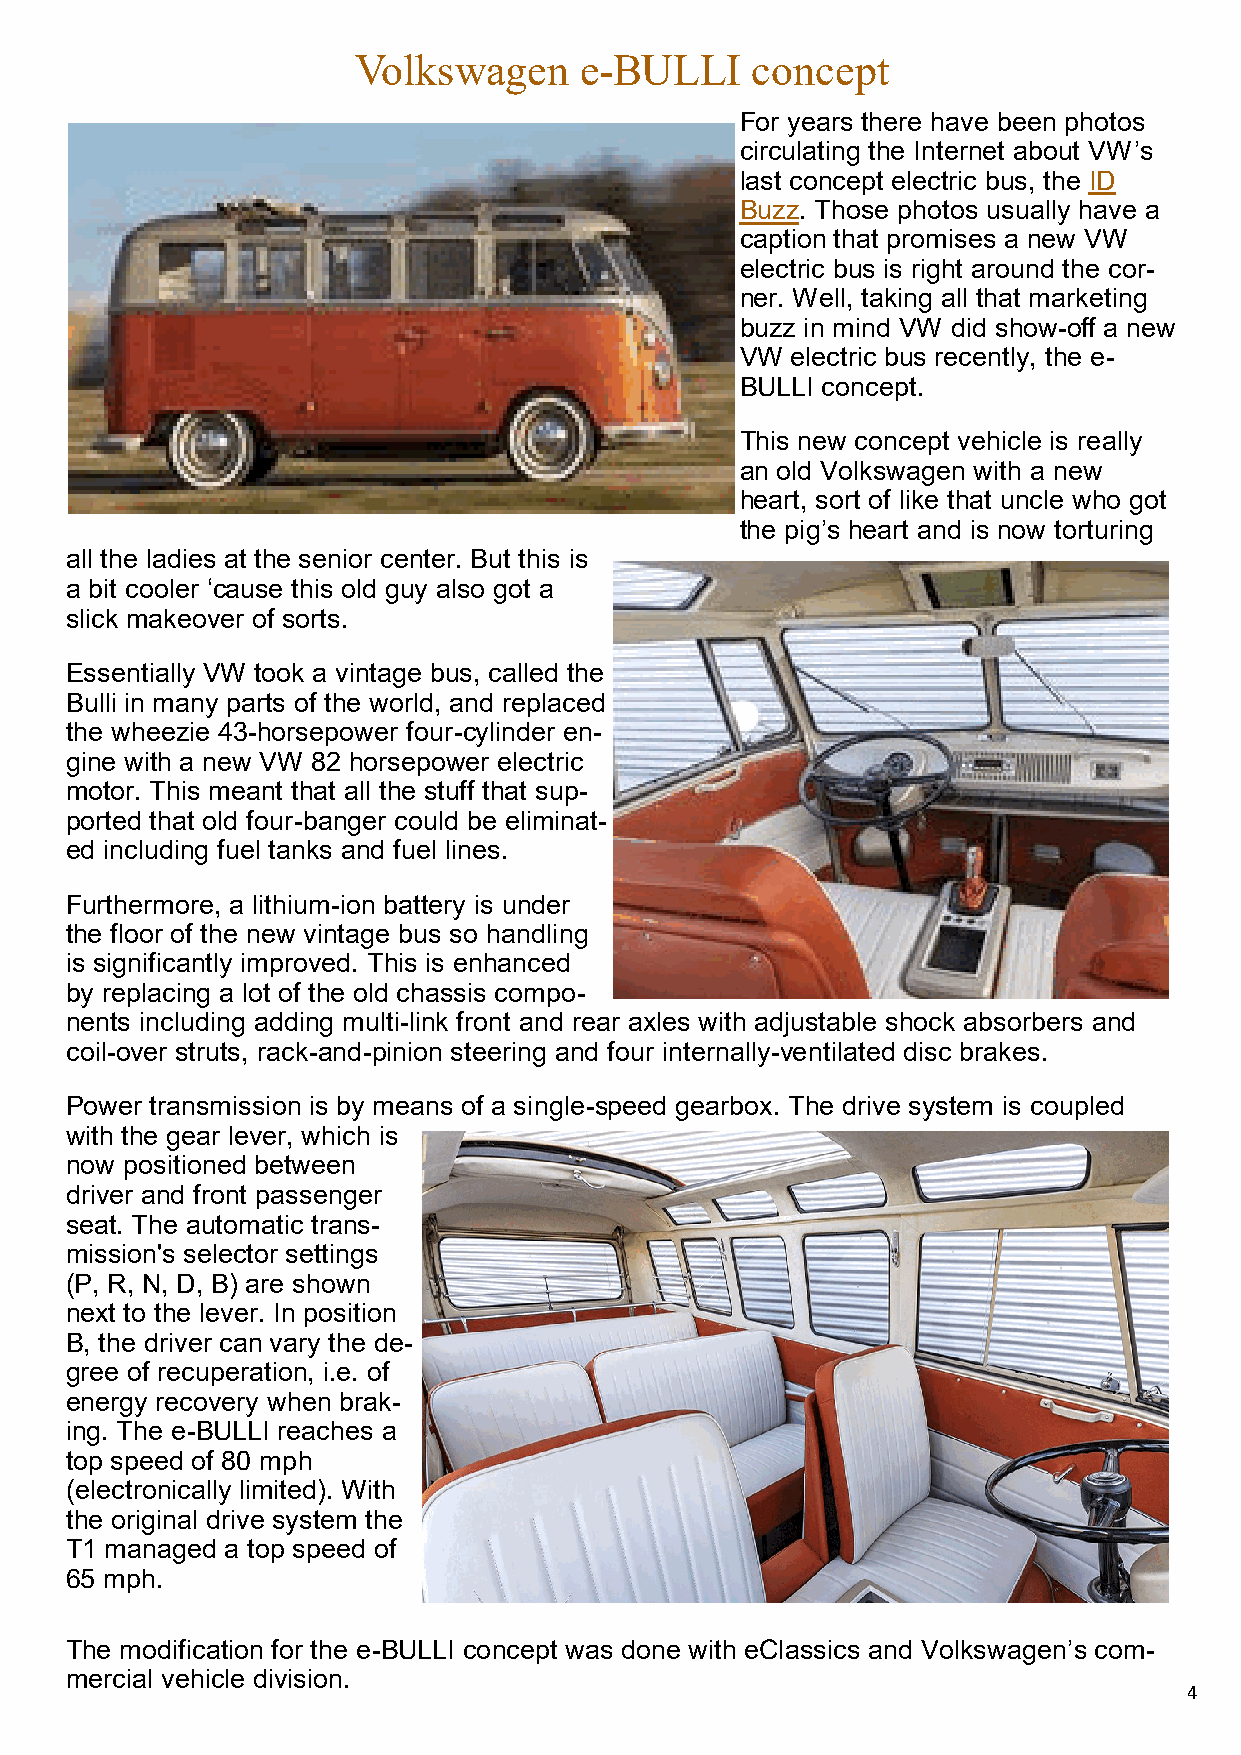
Volkswagen     e-BULLI     concept
 For years there have been photos
 circulating the Internet about VW’s
 last concept electric bus, the ID
 Buzz. Those photos usually have a
 caption that promises a new VW
 electric bus is right around the cor-
 ner. Well, taking all that marketing
 buzz in mind VW did show-off a new
 VW electric bus recently, the e-
 BULLI concept.
 This new concept vehicle is really
 an old Volkswagen with a new
 heart, sort of like that uncle who got
 the pig’s heart and is now torturing
 all the ladies at the senior center. But this is
 a bit cooler ‘cause this old guy also got a
 slick makeover of sorts.
 Essentially VW took a vintage bus, called the
 Bulli in many parts of the world, and replaced
 the wheezie 43-horsepower four-cylinder en-
 gine with a new VW 82 horsepower electric
 motor. This meant that all the stuff that sup-
 ported that old four-banger could be eliminat-
 ed including fuel tanks and fuel lines.
 Furthermore, a lithium-ion battery is under
 the floor of the new vintage bus so handling
 is significantly improved. This is enhanced
 by replacing a lot of the old chassis compo-
 nents including adding multi-link front and rear axles with adjustable shock absorbers and
 coil-over struts, rack-and-pinion steering and four internally-ventilated disc brakes.
 Power transmission is by means of a single-speed gearbox. The drive system is coupled
 with the gear lever, which is
 now positioned between
 driver and front passenger
 seat. The automatic trans-
 mission's selector settings
 (P, R, N, D, B) are shown
 next to the lever. In position
 B, the driver can vary the de-
 gree of recuperation, i.e. of
 energy recovery when brak-
 ing. The e-BULLI reaches a
 top speed of 80 mph
 (electronically limited). With
 the original drive system the
 T1 managed a top speed of
 65 mph.
 The modification for the e-BULLI concept was done with eClassics and Volkswagen’s com-
 mercial vehicle division.
 4